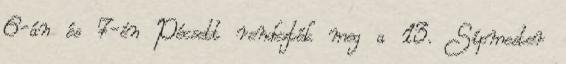
6-án és 7-én Pécsett rendezték meg a 13. Sípmester